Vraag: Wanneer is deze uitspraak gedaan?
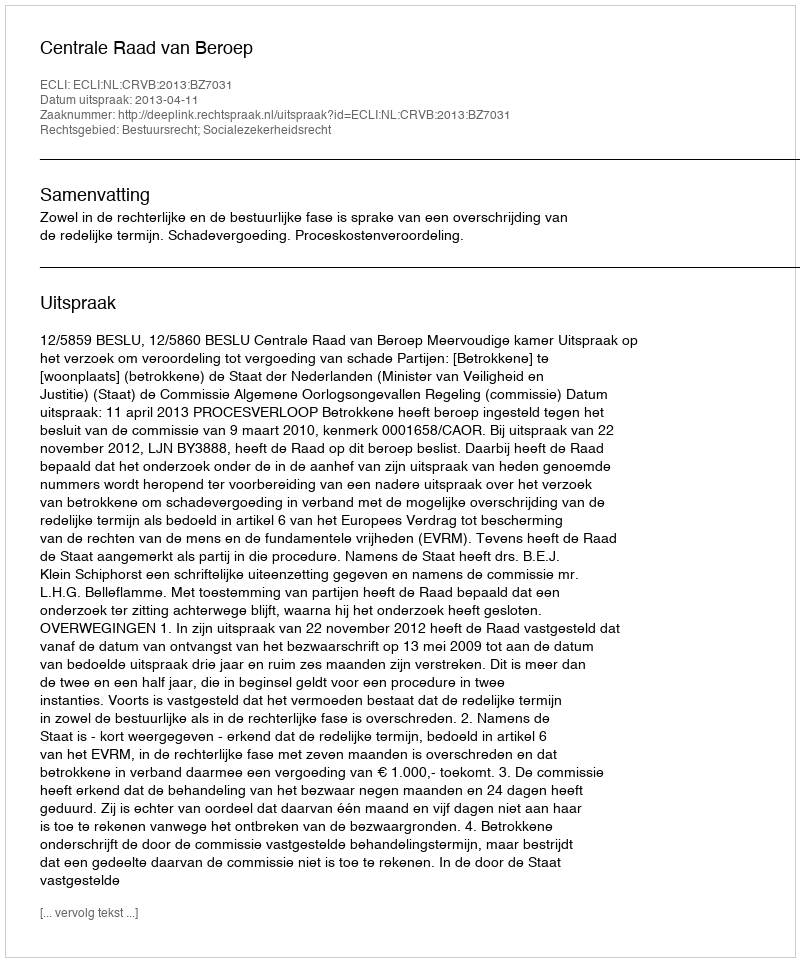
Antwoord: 2013-04-11